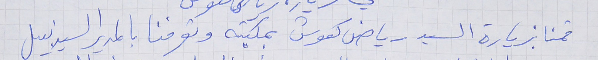
قمنا بزيارة السيد رياض كعوش بمكتبه وتعرفنا بالمدير السيد نبيل